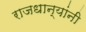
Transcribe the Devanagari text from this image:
राजधान्यांनी